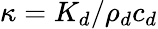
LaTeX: \kappa=K_{d}/\rho_{d}c_{d}